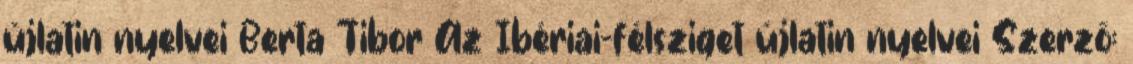
újlatin nyelvei Berta Tibor Az Ibériai-félsziget újlatin nyelvei Szerző: